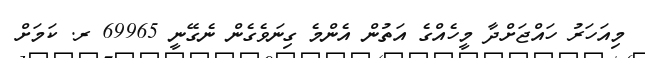
މިއަހަރު ހައްޖަށްދާ މީހެއްގެ އަތުން އެންމެ ގިނަވެގެން ނެގޭނީ 69965 ރ. ކަމަށް